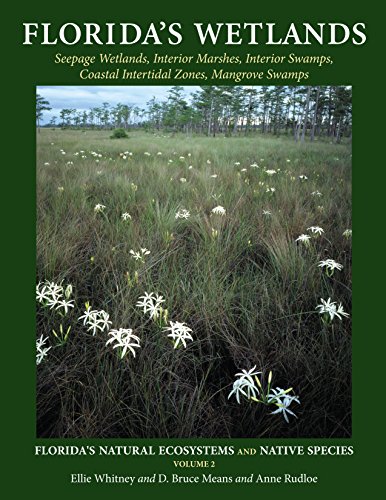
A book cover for Florida's Wetlands (Florida's Natural Ecosystems and Native Species); Ellie Whitney; Science & Math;